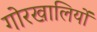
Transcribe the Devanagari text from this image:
गोरखालियों